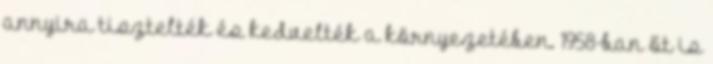
annyira tisztelték és kedvelték a környezetében. 1958-ban őt is